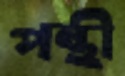
পন্থী